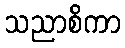
သညာစိကာ